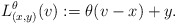
\begin{align*}L _{(x, y)} ^\theta ( v ) := \theta ( v - x ) + y .\end{align*}